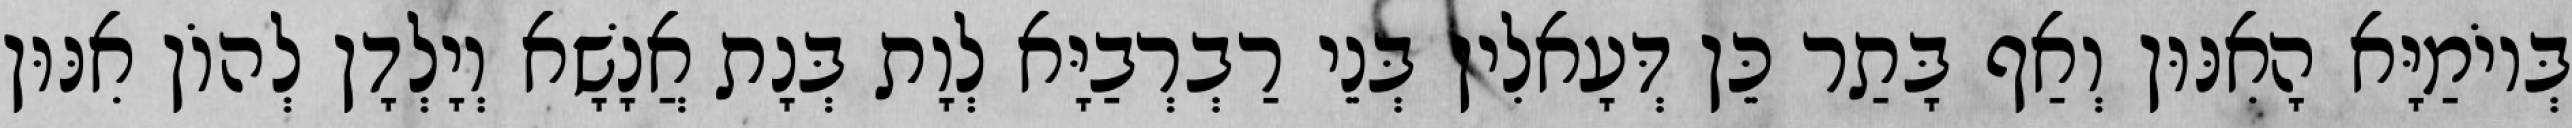
בְּיוֹמַיָּא הָאִנּוּן וְאַף בָּתַר כֵּן דְּעָאלִין בְּנֵי רַבְרְבַיָּא לְוָת בְּנָת אֲנָשָׁא וְיָלְדָן לְהוֹן אִנּוּן